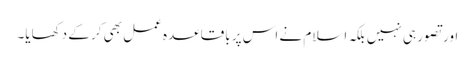
اور تصور ہی نہیں بلکہ اسلام نے اس پر باقاعدہ عمل بھی کر کے دکھایا۔